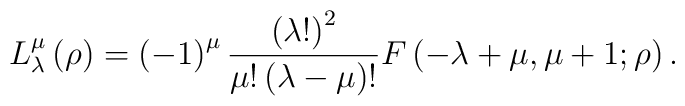
L_{\lambda }^{\mu }\left( \rho \right) =\left( -1\right) ^{\mu }\frac{\left(\lambda !\right) ^{2}}{\mu !\left( \lambda -\mu \right) !}F\left( -\lambda+\mu ,\mu +1;\rho \right) .